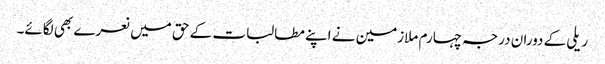
ریلی کے دوران درجہ چہارم ملازمین نے اپنے مطالبات کے حق میں نعرے بھی لگائے۔